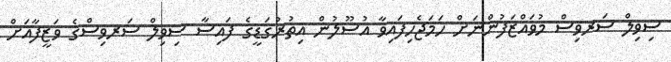
ސިވިލް ސަރވިސް މުވައްޒަފުންނަށް ހަމަޖެހިފައިވާ އުސޫލުން އިތުރުގަޑީގެ ފައިސާ ސިވިލް ސަރވިސްގެ ވަޒީފާއަށް